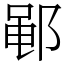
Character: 𫑡